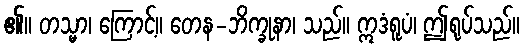
၏။ တသ္မာ၊ ကြောင့်။ တေန-ဘိက္ခုနာ၊ သည်။ ဣဒံရူပံ၊ ဤရုပ်သည်။